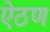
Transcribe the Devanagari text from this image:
ऐठण